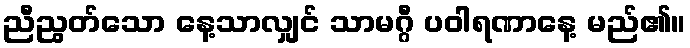
ညီညွတ်သော နေ့သာလျှင် သာမဂ္ဂီ ပဝါရဏာနေ့ မည်၏။